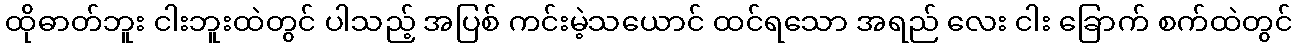
ထိုဓာတ်ဘူး ငါးဘူးထဲတွင် ပါသည့် အပြစ် ကင်းမဲ့သယောင် ထင်ရသော အရည် လေး ငါး ခြောက် စက်ထဲတွင်